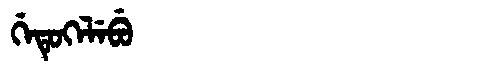
Manchu: ᡤᡝᡨᡠᡴᡝᠯᡝᠪᡠ
Romanization: GETUKELEBU